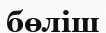
бөліш